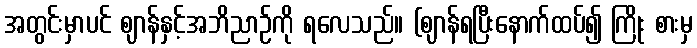
အတွင်းမှာပင် ဈာန်နှင့်အဘိညာဉ်ကို ရလေသည်။ (ဈာန်ရပြီးနောက်ထပ်၍ ကြိုး စားမှ